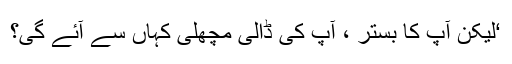
‘لیکن آپ کا بستر ، آپ کی ڈالی مچھلی کہاں سے آئے گی؟